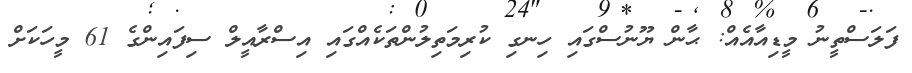
ފަލަސްތީނު މީޑިއާއެއް: ޙާން ޔޫނުސްގައި ހިނގި ކުރިމަތިލުންތަކެއްގައި އިސްރާއީލް ސިފައިންގެ 61 މީހަކަށް